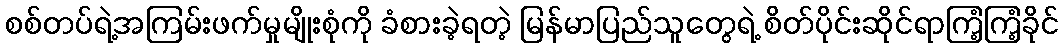
စစ်တပ်ရဲ့အကြမ်းဖက်မှုမျိုးစုံကို ခံစားခဲ့ရတဲ့ မြန်မာပြည်သူတွေရဲ့ စိတ်ပိုင်းဆိုင်ရာကြံ့ကြံ့ခိုင်